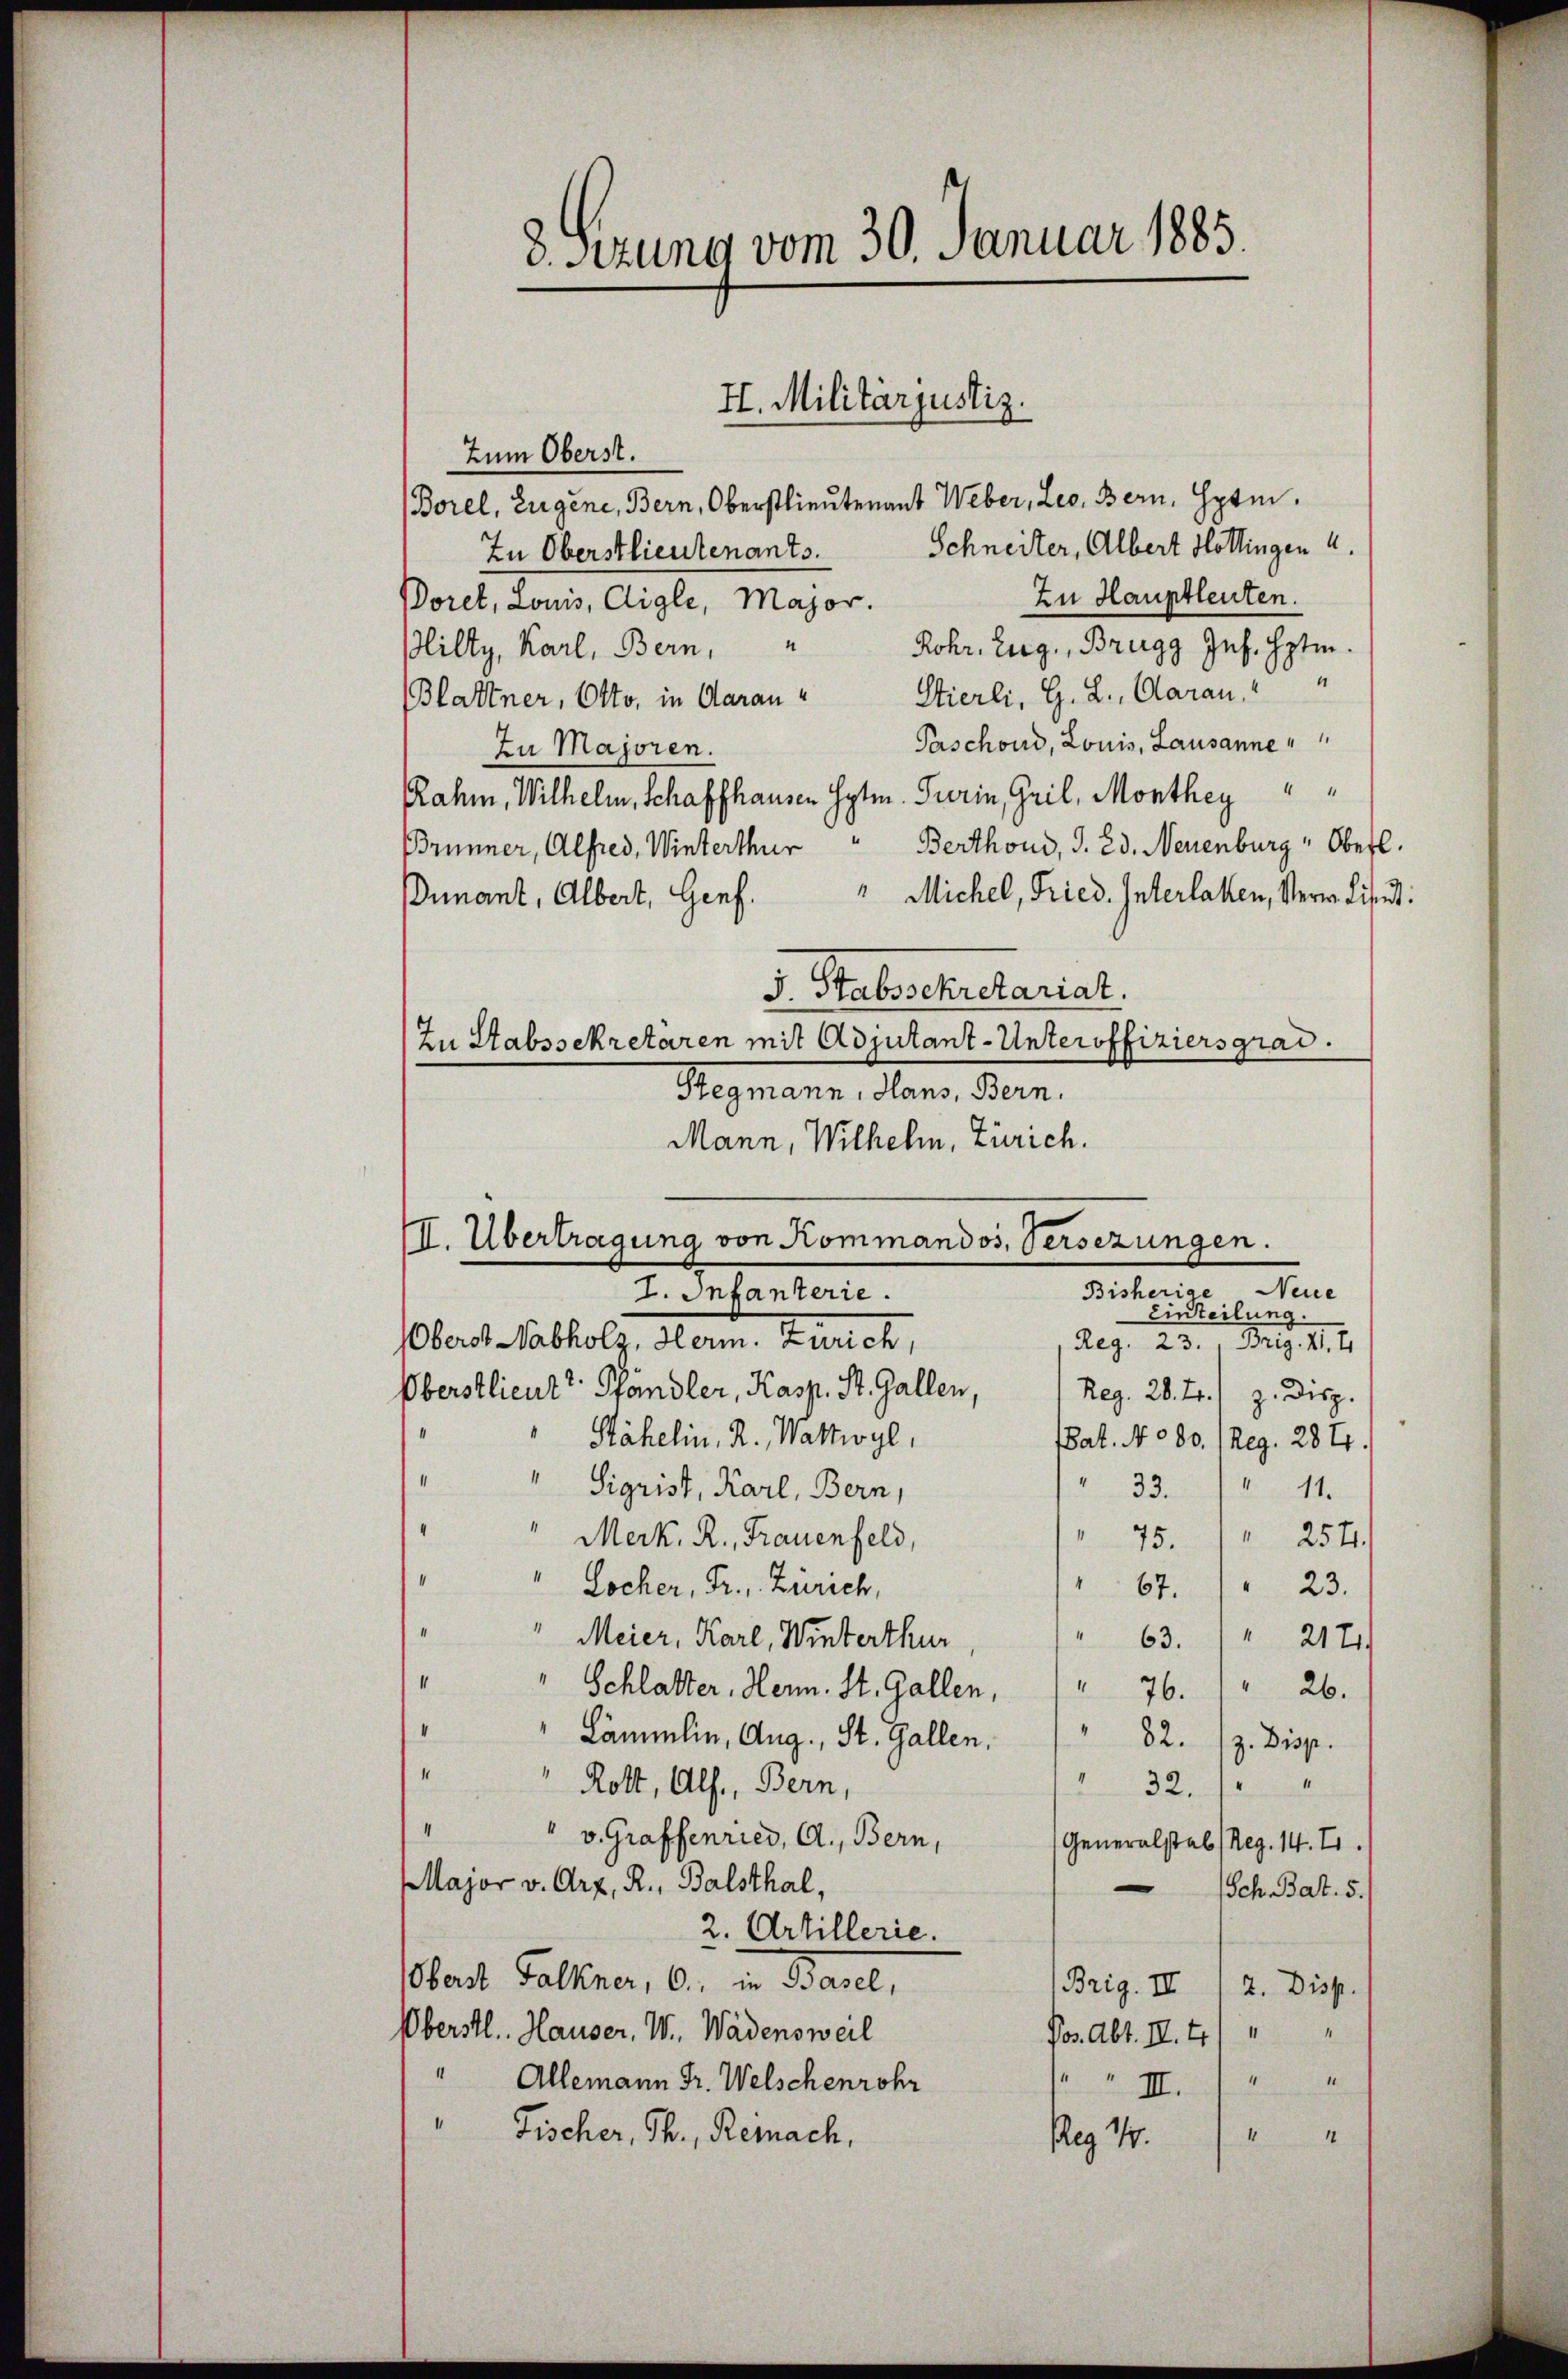
8. Sitzung vom 30. Januar 1885

H. Militärjustiz.

Zum Oberst.
(Borel, Eigene, Bern, Oberstlieutenant Weber, Leo. Bern, Gym
In Oberstlieutenants. Schneiter, Albert Hottingen 4.
Zu Hauptleuten.
Borel, Louis, Aigle, Major.
Rohr. Zug, Brugg Jns. Hptm.
Plilty, Karl, Bern,
(Blattner, Otto, in daran Stierli, G. L., Aarau, " "
Paschond, Louis, Lausanne
Zu Majoren.
Rahm, Wilhelm, Schaffhausen Hptm. Turin, Gril, Monthey
Berthoud, S. 23. Neuenburg " Oberl.
Brünner, Alfred, Winterthur
" Michel, Fried. Interlaken, Verweisend:
Dunant, Albert, Genf.
5. Stabsschretariat.
Zu Stabssekretären mit Adjutant-Unteroffiziers grad.
Stegmann, Hans, Bern.
Mann, Wilhelm, Zürich.
III. Übertragung von Kommandos, Versezungen.
7. Infanterie.
in teilung
Oberst Nabholz, Herm. Zürich,
Reg. 23. Br. II. 41
Oberstlieutt Pfändler, Kasp. St. Gallen,
Reg. 28. fr.) z. Disp.
Stähelin, 2. Wattwyl,
Bat. No 80. (Reg. 284.
" 33. " 11.
 Sigrist, Karl, Bern,
" Merk. R., Frauenfeld,
" 75. " 254.
" Locher, Fr., Zürich,
67.
23.
" Meier, Karl, Winterthur
63. " 217.
" Schlatter, Henn. St. Gallen, " 76. " " 26.
Lämmlin, Aug., St. Gallen.
82. (z. Disp.
1
e
" Rott, Alf., Bern,
32.
v. Graffenries, A., Bern,
Generalstab (Reg. 14. I.
Major v. Arz, R., Balsthal,
Sch. Bat. 5.)
2. Artillerie.
Obert Falkner, 6., in Basel,
Brig. II 12. Disp.
Oberstl. Hauser, W. Wädensweil
Pos. Abt. II. 4)
Allemann Fr. Welschenrohr
 II.
Fischer, Ch., Remach,
idten einen der
Reg 14.

Bisherige Neue